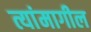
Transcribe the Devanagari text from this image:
त्यांमागील